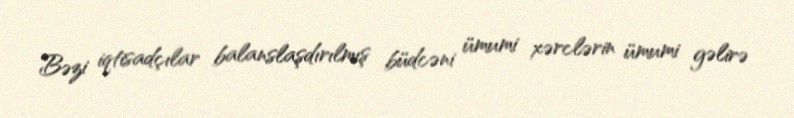
Bəzi iqtisadçılar balanslaşdırılmış büdcəni ümumi xərclərin ümumi gəlirə